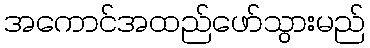
အကောင်အထည်ဖော်သွားမည်